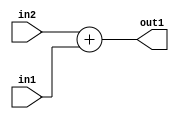
`timescale 1ps / 1ps
/*****************************************************************************
    Verilog RTL Description
    
    
    Created by: Stratus DpOpt 2019.1.01 
*******************************************************************************/

module SobelFilter_Add_20Sx18U_20S_1 (
	in2,
	in1,
	out1
	); /* architecture "behavioural" */ 
input [19:0] in2;
input [17:0] in1;
output [19:0] out1;
wire [19:0] asc001;

assign asc001 = 
	+(in2)
	+(in1);

assign out1 = asc001;
endmodule

/* CADENCE  ubH2SQg= : u9/ySgnWtBlWxVPRXgAZ4Og= ** DO NOT EDIT THIS LINE ******/